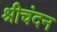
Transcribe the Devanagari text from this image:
श्रीचंदन